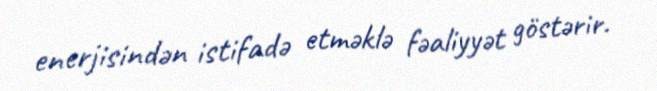
enerjisindən istifadə etməklə fəaliyyət göstərir.